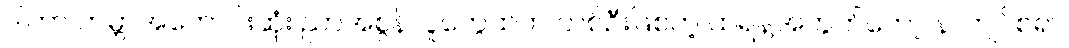
ဒါဟာ ကမ္ဘာအကောင်းဆုံး ညာအစွန်လူတွေထဲက တစ်ဦးဖြစ်တဲ့ ထရန့်အတွက်တော့ နာကျင်စရာ